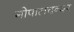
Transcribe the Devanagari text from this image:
गोपालचन्दर